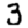
Digit: 3